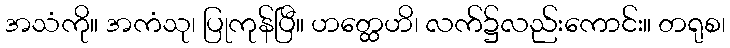
အသံကို။ အကံသု၊ ပြုကုန်ပြီ။ ဟတ္ထေဟိ၊ လက်၌လည်းကောင်း။ တရုစ၊